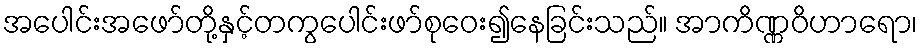
အပေါင်းအဖော်တို့နှင့်တကွပေါင်းဖာ်စုဝေး၍နေခြင်းသည်။ အာကိဏ္ဏဝိဟာရော၊